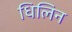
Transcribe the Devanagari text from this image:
धिलिन